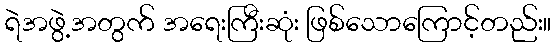
ရဲအဖွဲ့အတွက် အရေးကြီးဆုံး ဖြစ်သောကြောင့်တည်း။